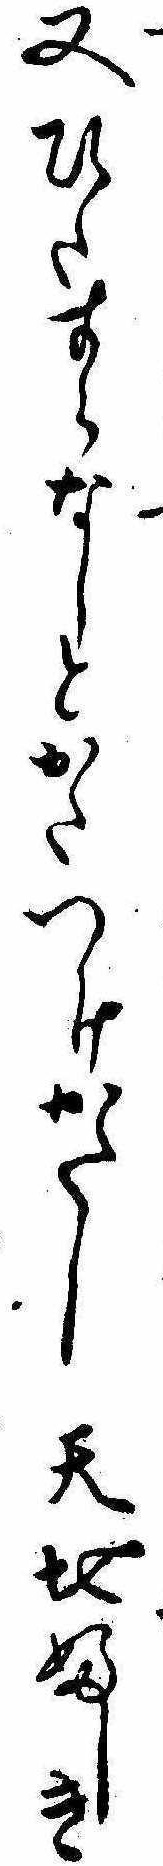
又ひたすらなしとかたつけかたし天地ふしき